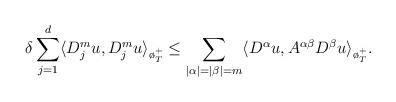
LaTeX: \begin{align*} \delta \sum_{j=1}^{d}\langle D_j^m u, D_j^m u\rangle_{\o_T^+}\le\sum_{|\alpha|=|\beta|=m} \langle D^\alpha u, A^{\alpha\beta}D^\beta u\rangle_{\o_T^+}.\end{align*}